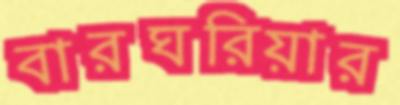
বারঘরিয়ার